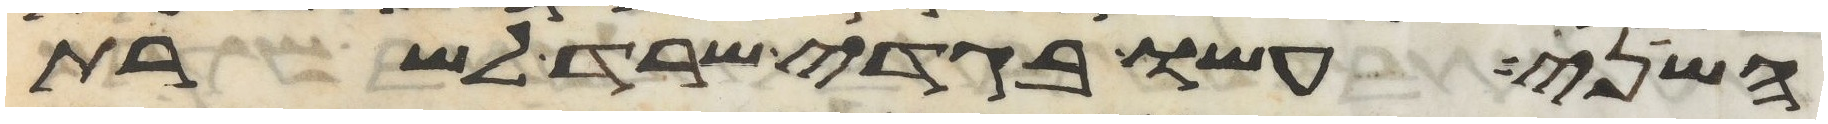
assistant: השני עשו בגדי שרד לשרת